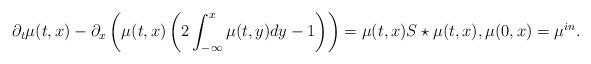
LaTeX: \begin{align*}\partial_{t}\mu(t,x)-\partial_{x}\left(\mu(t,x)\left(2\int^x_{-\infty}\mu(t,y)dy-1\right)\right)=\mu(t,x)S\star\mu(t,x), \mu(0,x)=\mu^{in}.\end{align*}